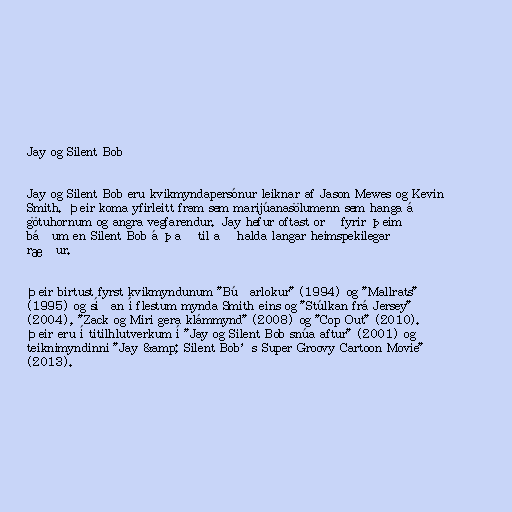
Jay og Silent Bob

Jay og Silent Bob eru kvikmyndapersónur leiknar af Jason Mewes og Kevin
Smith. Þeir koma yfirleitt fram sem marijúanasölumenn sem hanga á
götuhornum og angra vegfarendur. Jay hefur oftast orð fyrir þeim
báðum en Silent Bob á það til að halda langar heimspekilegar
ræður.

Þeir birtust fyrst kvikmyndunum "Búðarlokur" (1994) og "Mallrats"
(1995) og síðan í flestum mynda Smith eins og "Stúlkan frá Jersey"
(2004), "Zack og Miri gera klámmynd" (2008) og "Cop Out" (2010).
Þeir eru í titilhlutverkum í "Jay og Silent Bob snúa aftur" (2001) og
teiknimyndinni "Jay &amp; Silent Bob’s Super Groovy Cartoon Movie"
(2013).